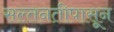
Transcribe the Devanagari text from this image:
सल्तनतीपासून